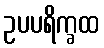
ဥပပရိက္ခထ